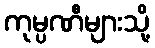
ကုမ္ပဏီများသို့